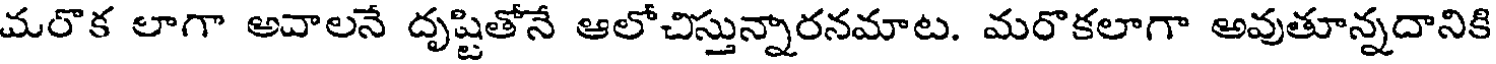
మరొక లాగా అవాలనే దృష్టితోనే ఆలోచిస్తున్నారనమాట. మరొకలాగా అవుతూన్నదానికి